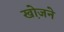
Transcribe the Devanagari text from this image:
खो़जने